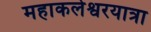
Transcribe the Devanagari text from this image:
महाकलेश्वरयात्रा